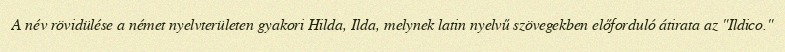
A név rövidülése a német nyelvterületen gyakori Hilda, Ilda, melynek latin nyelvű szövegekben előforduló átirata az "Ildico."